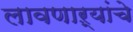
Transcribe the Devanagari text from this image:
लावणाऱ्यांचे